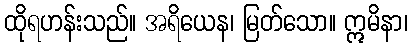
ထိုရဟန်းသည်။ အရိယေန၊ မြတ်သော။ ဣမိနာ၊